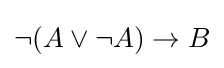
\neg (A\lor \neg A)\to B